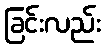
ခြင်းလည်း